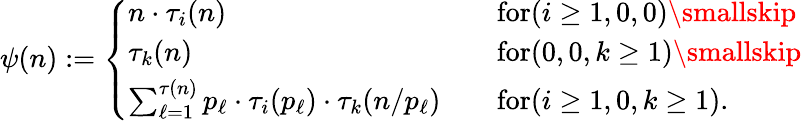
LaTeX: \psi(n):=\left\{ \begin{array}{ll}{n\cdot\tau_{i}(n)\quad}&{\textnormal{for}(i\geq 1,0,0)\smallskip}\\ {\tau_{k}(n)\quad}&{\textnormal{for}(0,0,k\geq 1)\smallskip}\\ {\sum_{\ell=1}^{\tau(n)}p_{\ell}\cdot\tau_{i}(p_{\ell})\cdot\tau_{k}(n/p_{\ell})\quad}&{\textnormal{for}(i\geq 1,0,k\geq 1).}\end{array}\right.